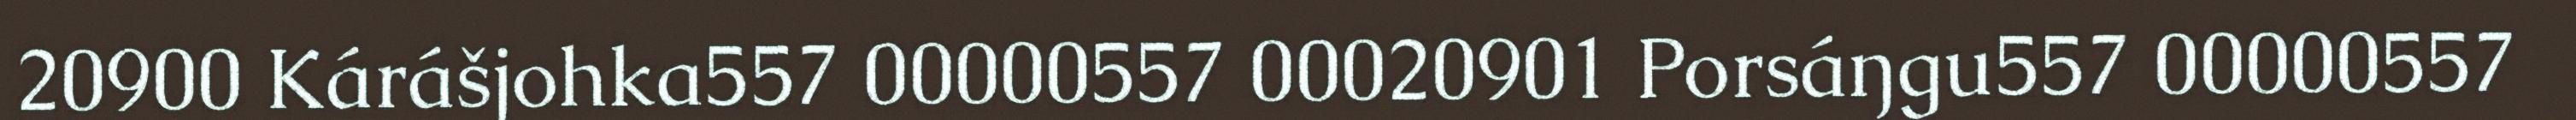
20900 Kárášjohka557 00000557 00020901 Porsáŋgu557 00000557